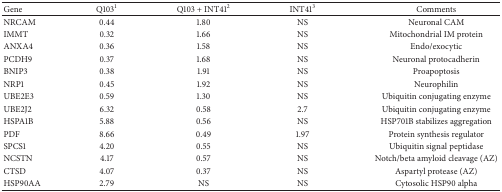
<table><thead><tr><td><b>Gene</b></td><td><b>Q103<sup>1</sup></b></td><td><b>Q103 + INT41<sup>2</sup></b></td><td><b>INT41<sup>3</sup></b></td><td><b>Comments</b></td></tr></thead><tbody><tr><td>NRCAM</td><td>0.44</td><td>1.80 </td><td>NS</td><td>Neuronal CAM</td></tr><tr><td>IMMT</td><td>0.32</td><td>1.66 </td><td>NS</td><td>Mitochondrial IM protein</td></tr><tr><td>ANXA4</td><td>0.36</td><td>1.58</td><td>NS</td><td>Endo/exocytic</td></tr><tr><td>PCDH9</td><td>0.37</td><td>1.68 </td><td>NS</td><td>Neuronal protocadherin</td></tr><tr><td>BNIP3</td><td>0.38</td><td>1.91 </td><td>NS</td><td>Proapoptosis</td></tr><tr><td>NRP1</td><td>0.45</td><td>1.92 </td><td>NS</td><td>Neurophilin</td></tr><tr><td>UBE2E3</td><td>0.59</td><td>1.30 </td><td>NS</td><td>Ubiquitin conjugating enzyme</td></tr><tr><td>UBE2J2</td><td>6.32</td><td>0.58 </td><td>2.7</td><td>Ubiquitin conjugating enzyme</td></tr><tr><td>HSPA1B</td><td>5.88</td><td>0.56 </td><td>NS</td><td>HSP701B stabilizes aggregation</td></tr><tr><td>PDF</td><td>8.66 </td><td>0.49</td><td>1.97</td><td>Protein synthesis regulator</td></tr><tr><td>SPCS1</td><td>4.20 </td><td>0.55 </td><td>NS</td><td>Ubiquitin signal peptidase</td></tr><tr><td>NCSTN</td><td>4.17 </td><td>0.57 </td><td>NS</td><td>Notch/beta amyloid cleavage (AZ)</td></tr><tr><td>CTSD</td><td>4.07</td><td>0.37 </td><td>NS</td><td>Aspartyl protease (AZ)</td></tr><tr><td>HSP90AA</td><td>2.79</td><td>NS</td><td>NS</td><td>Cytosolic HSP90 alpha</td></tr></tbody></table>